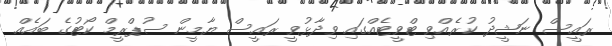
ރައީސް ނަޝީދު ކުރެއްވި ޓްވީޓެއްގައި ވިދާޅުވީ ރައީސް ޔާމީން ސުޕްރީމް ކޯޓުގެ ބައެއް